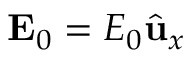
\mathbf { E } _ { 0 } = E _ { 0 } \hat { \mathbf { u } } _ { x }